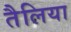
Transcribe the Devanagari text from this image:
तैलिया